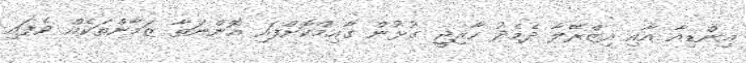
އިންޑިއާ އާއި އިޒްރޭލާ ދެމެދު ހާރިޖީ ގުޅުން ގާއިމްކޮށްފައި އޮންނަތާ ޒަމާންތަކެއް ވެފައި